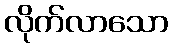
လိုက်လာသော